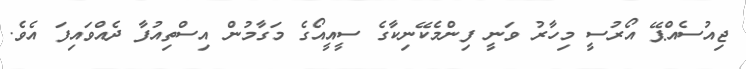
ޖިއުސެއްޕޭ އޯރުސީ މިހާރު ވަނީ ފިންމެކޭނިކާގެ ސީއީއޯގެ މަގާމުން އިސްތިއުފާ ދެއްވައިފަ އެވެ.